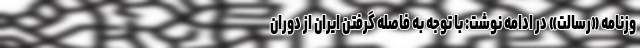
وزنامه «رسالت» در ادامه نوشت: با توجه به فاصله گرفتن ایران از دوران